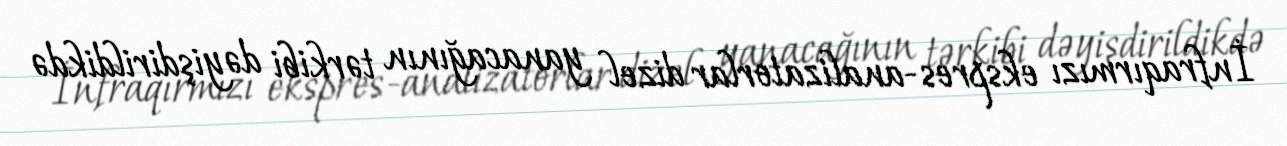
İnfraqırmızı ekspres-analizatorlar dizel yanacağının tərkibi dəyişdirildikdə